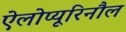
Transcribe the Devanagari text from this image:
ऐलोप्यूरिनौल